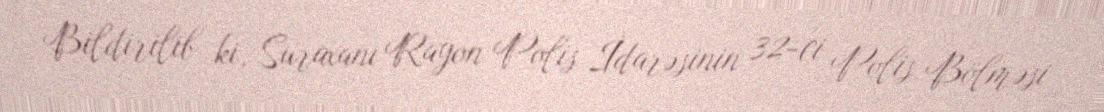
Bildirilib ki, Suraxanı Rayon Polis İdarəsinin 32-ci Polis Bölməsi